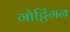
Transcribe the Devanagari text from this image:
गोट्टिंगन